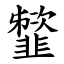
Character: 䪡